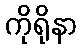
ကိုရိုနာ